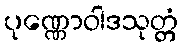
ပုဏ္ဏောဝါဒသုတ္တံ